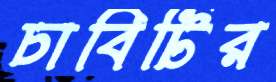
চাবিটির